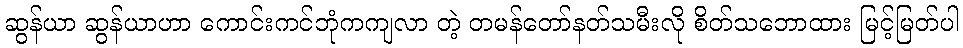
ဆွန်ယာ ဆွန်ယာဟာ ကောင်းကင်ဘုံကကျလာ တဲ့ တမန်တော်နတ်သမီးလို စိတ်သဘောထား မြင့်မြတ်ပါ